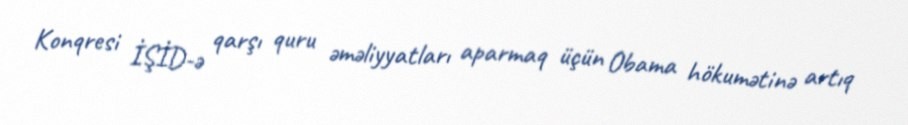
Konqresi İŞİD-ə qarşı quru əməliyyatları aparmaq üçün Obama hökumətinə artıq